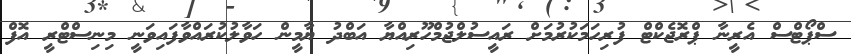
ސްޕޯޓްސް އެރީނާ ޕްރޮޖެކްޓް ފުރިހަމަކުރުމަށް ރައީސުލްޖުމްހޫރިއްޔާ އަބްދު ޔާމީން ހަވާލުކުރައްވާފައިވަނީ މިނިސްޓްރީ އޮފް